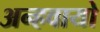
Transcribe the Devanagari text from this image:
अन्‍हवायो